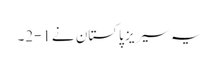
یہ سیریز پاکستان نے1-2۔